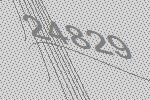
24829